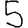
Digit: 5